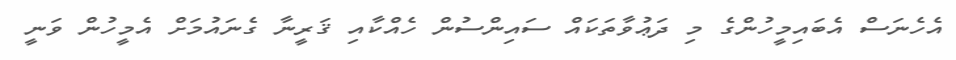
އެހެނަސް އެބައިމީހުންގެ މި ދަޢުވާތަކައް ސައިންސުން ހެއްކާއި ޤަރީނާ ގެނައުމަށް އެމީހުން ވަނީ